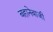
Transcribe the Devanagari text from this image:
बहानेबाजी